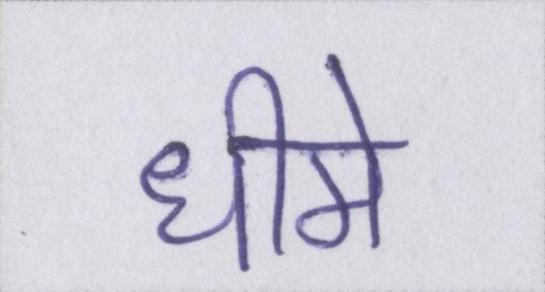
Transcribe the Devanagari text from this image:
धीमे